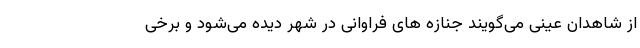
از شاهدان عینی می‌گویند جنازه های فراوانی در شهر دیده می‌شود و برخی